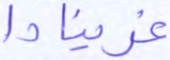
غرينادا